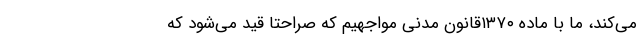
می‌کند، ما با ماده ۱۳۷۰قانون مدنی مواجهیم که صراحتا قید می‌شود که